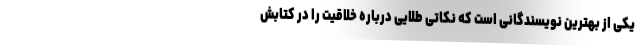
یکی از بهترین نویسندگانی است که نکاتی طلایی درباره خلاقیت را در کتابش